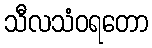
သီလသံဝရတော